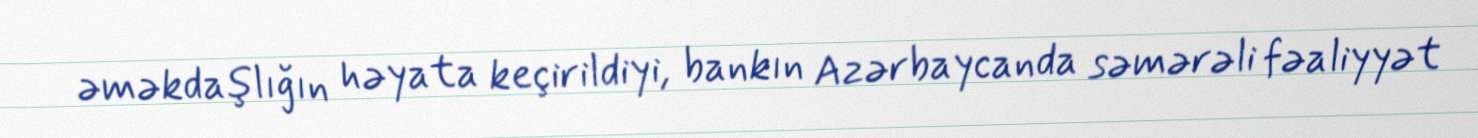
əməkdaşlığın həyata keçirildiyi, bankın Azərbaycanda səmərəli fəaliyyət